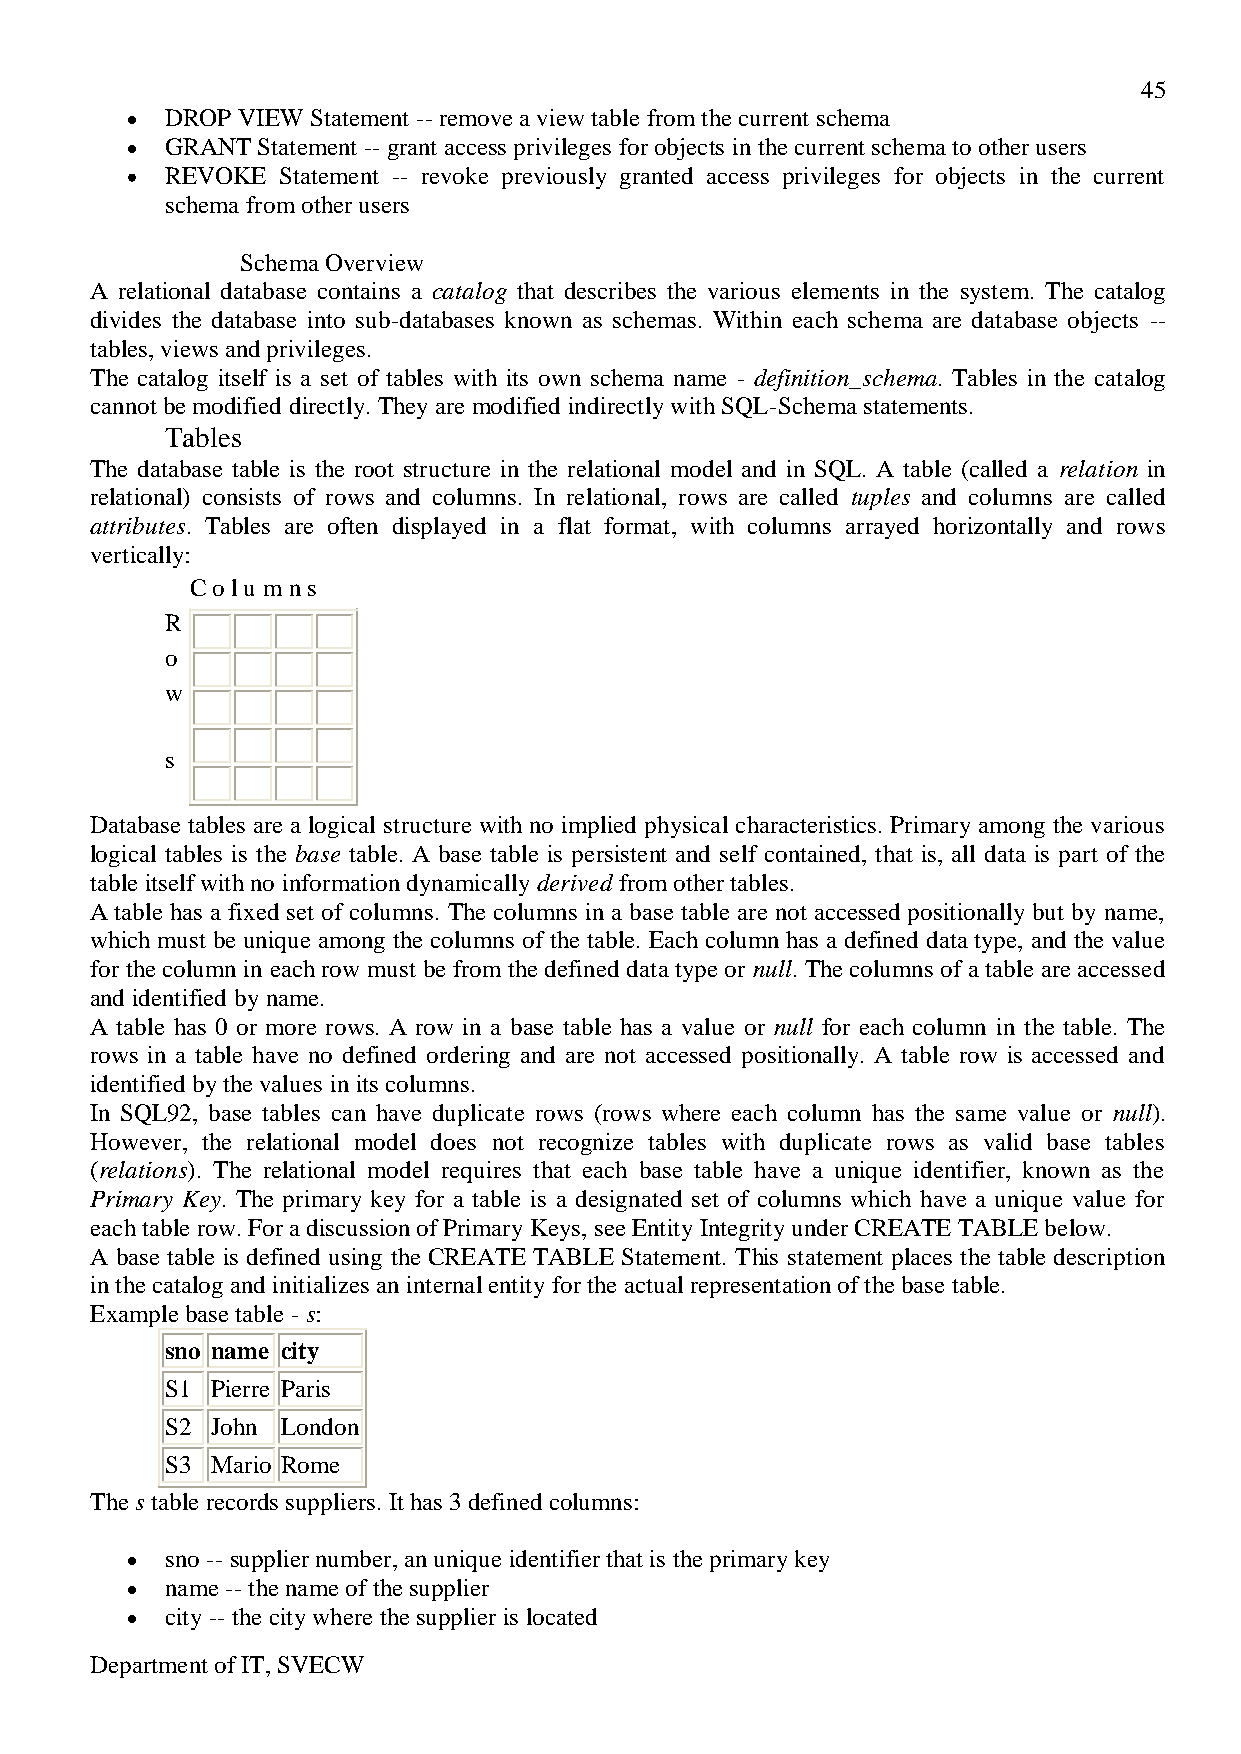
45
 DROP VIEW Statement -- remove a view table from the current schema
 GRANT Statement -- grant access privileges for objects in the current schema to other users
 REVOKE Statement -- revoke previously granted access privileges for objects in the current
 schema from other users
 Schema Overview
 A relational database contains a catalog that describes the various elements in the system. The catalog
 divides the database into sub-databases known as schemas. Within each schema are database objects --
 tables, views and privileges.
 The catalog itself is a set of tables with its own schema name - definition_schema. Tables in the catalog
 cannot be modified directly. They are modified indirectly with SQL-Schema statements.
 Tables
 The database table is the root structure in the relational model and in SQL. A table (called a relation in
 relational) consists of rows and columns. In relational, rows are called tuples and columns are called
 attributes. Tables are often displayed in a flat format, with columns arrayed horizontally and rows
 vertically:
 C o l u m n s
 R
 o
 w
 s
 Database tables are a logical structure with no implied physical characteristics. Primary among the various
 logical tables is the base table. A base table is persistent and self contained, that is, all data is part of the
 table itself with no information dynamically derived from other tables.
 A table has a fixed set of columns. The columns in a base table are not accessed positionally but by name,
 which must be unique among the columns of the table. Each column has a defined data type, and the value
 for the column in each row must be from the defined data type or null. The columns of a table are accessed
 and identified by name.
 A table has 0 or more rows. A row in a base table has a value or null for each column in the table. The
 rows in a table have no defined ordering and are not accessed positionally. A table row is accessed and
 identified by the values in its columns.
 In SQL92, base tables can have duplicate rows (rows where each column has the same value or null).
 However, the relational model does not recognize tables with duplicate rows as valid base tables
 (relations). The relational model requires that each base table have a unique identifier, known as the
 Primary Key. The primary key for a table is a designated set of columns which have a unique value for
 each table row. For a discussion of Primary Keys, see Entity Integrity under CREATE TABLE below.
 A base table is defined using the CREATE TABLE Statement. This statement places the table description
 in the catalog and initializes an internal entity for the actual representation of the base table.
 Example base table - s:
 sno name city
 S1 Pierre Paris
 S2 John London
 S3 Mario Rome
 The s table records suppliers. It has 3 defined columns:
 sno -- supplier number, an unique identifier that is the primary key
 name -- the name of the supplier
 city -- the city where the supplier is located
 Department of IT, SVECW